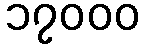
၁၇၀၀၀